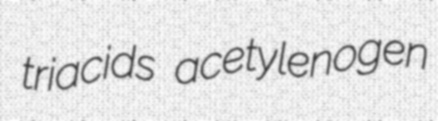
triacids acetylenogen